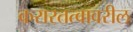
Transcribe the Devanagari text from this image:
करारतत्वावरील